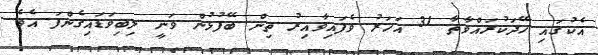
އެކުގައި ހޭދަކުރައްވާތާ 31 އަހަރު ވެފައިވާއިރު ތިން ބޭފުޅުން ވަނީ ލިބިވަޑައިގެންފަ އެވެ.